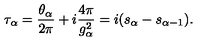
\tau _ { \alpha } = { \frac { \theta _ { \alpha } } { 2 \pi } } + i { \frac { 4 \pi } { g _ { \alpha } ^ { 2 } } } = i ( s _ { \alpha } - s _ { \alpha - 1 } ) .